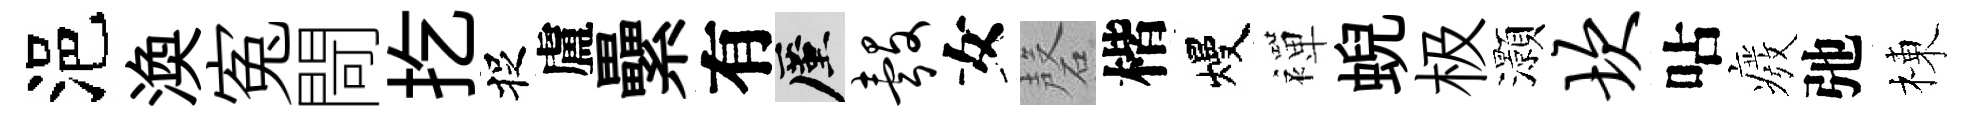
浥渙寃閜扢捉盧纍有厪彀女磬楷熳襌蜺极灝坎呫癈弛棟